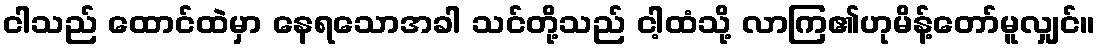
ငါသည် ထောင်ထဲမှာ နေရသောအခါ သင်တို့သည် ငါ့ထံသို့ လာကြ၏ဟုမိန့်တော်မူလျှင်။